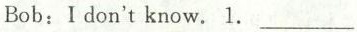
Bob: I don't know.1.___